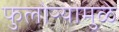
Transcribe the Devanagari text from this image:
फुलोऱ्यामुळे